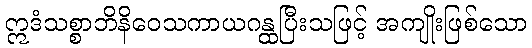
ဣဒံသစ္စာဘိနိဝေသကာယဂန္ထပြီးသဖြင့် အကျိုးဖြစ်သော